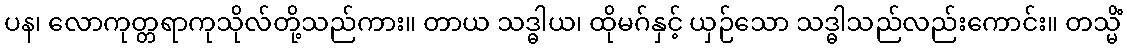
ပန၊ လောကုတ္တရာကုသိုလ်တို့သည်ကား။ တာယ သဒ္ဓါယ၊ ထိုမဂ်နှင့် ယှဉ်သော သဒ္ဓါသည်လည်းကောင်း။ တသ္မိံ